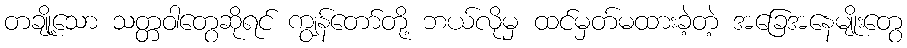
တချို့သော သတ္တဝါတွေဆိုရင် ကျွန်တော်တို့ ဘယ်လိုမှ ထင်မှတ်မထားခဲ့တဲ့ အခြေအနေမျိုးတွေ